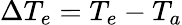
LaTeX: \Delta T_{e}=T_{e}-T_{a}